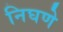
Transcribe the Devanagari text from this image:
निघणे